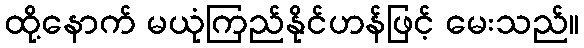
ထို့နောက် မယုံကြည်နိုင်ဟန်ဖြင့် မေးသည်။